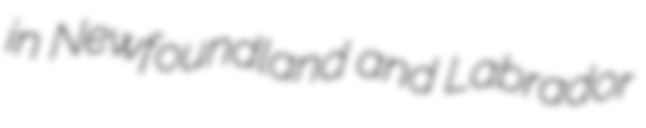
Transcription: in Newfoundland and Labrador